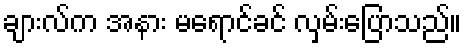
ချားလ်က အနား မရောင်ခင် လှမ်းပြောသည်။